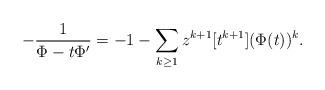
LaTeX: \begin{align*}-\frac{1}{\Phi-t\Phi'}=-1-\sum_{k\ge1}z^{k+1}[t^{k+1}] (\Phi(t))^k.\end{align*}